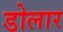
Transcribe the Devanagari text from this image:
डोलार